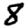
Digit: 8